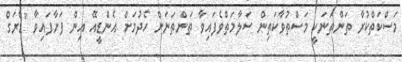
މަސްކަތްކުރާ ތަންތަނަކީ މަސްތުވާކަތިން ސަލާމަތްވެފައިވާ ތަންތަނަށް ހެދުމަށް އެންޑީއޭ އިން ފަށާފައިވާ "ޑްރަގް